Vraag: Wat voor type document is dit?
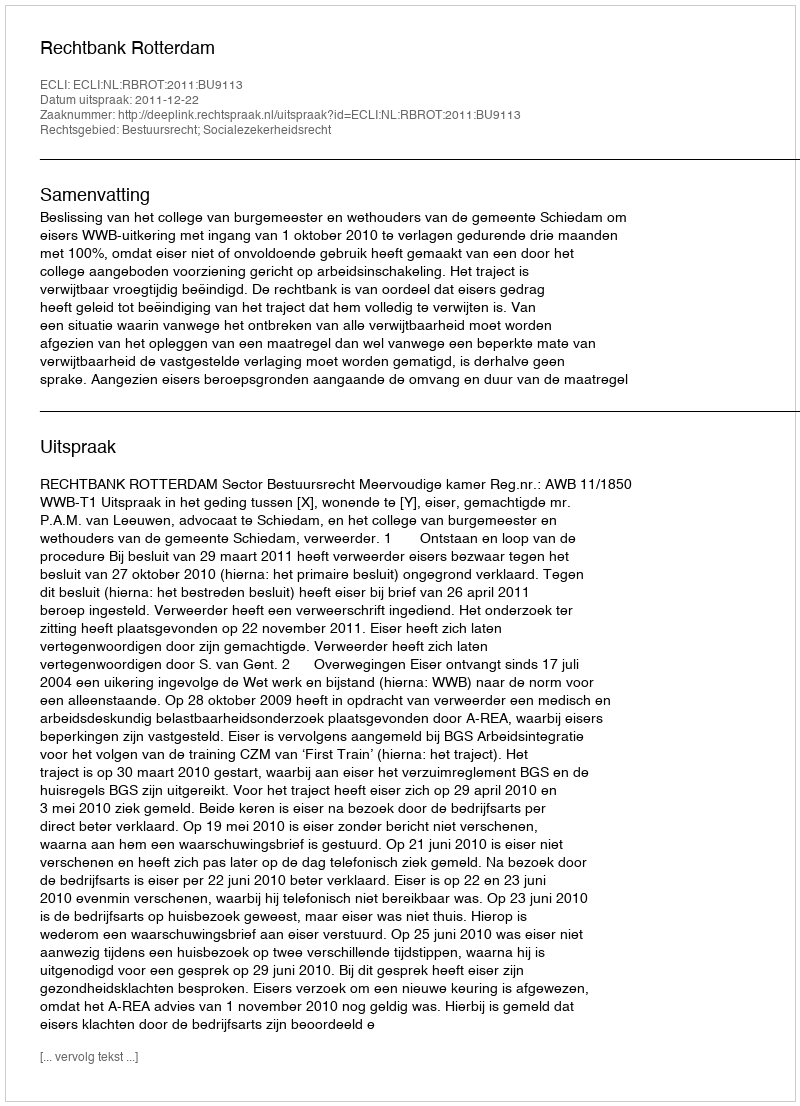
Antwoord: Uitspraak